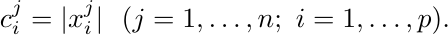
\begin{align*}
c_i^j = |x_i^j| ~~ (j = 1, \dots, n; ~ i = 1, \dots, p).
\end{align*}